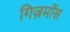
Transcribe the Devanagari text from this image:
गिज़मॉस